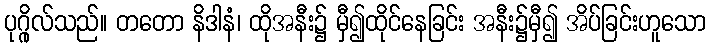
ပုဂ္ဂိုလ်သည်။ တတော နိဒါနံ၊ ထိုအနီး၌ မှီ၍ထိုင်နေခြင်း အနီး၌မှီ၍ အိပ်ခြင်းဟူသော